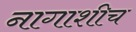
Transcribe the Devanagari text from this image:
नागाशीच